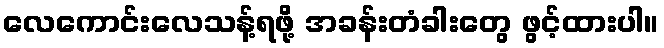
လေကောင်းလေသန့်ရဖို့ အခန်းတံခါးတွေ ဖွင့်ထားပါ။